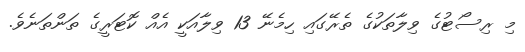
މި ރިސޯޓުގެ ވިލާތަކުގެ ތެރޭގައި ހިމެނޭ 13 ވިލާއަކީ އެއް ކޮޓަރީގެ ތަންތަނެވެ.